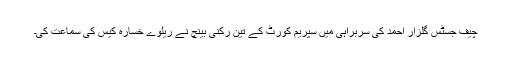
چیف جسٹس گلزار احمد کی سربراہی میں سپریم کورٹ کے تین رکنی بینچ نے ریلوے خسارہ کیس کی سماعت کی۔